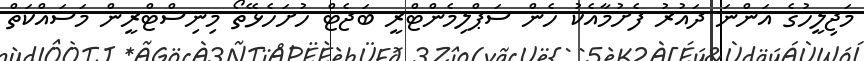
މަޖިލީހުގެ އަންނަ ދައުރު ފެށުމާއެކު ހެން ސަޕްލިމެންޓްރީ ބަޖެޓް ހުށަހެޅޭތޯ މިނިސްޓްރީން މަސައްކަތް